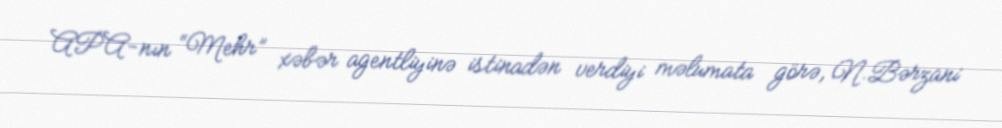
APA-nın “Mehr” xəbər agentliyinə istinadən verdiyi məlumata görə, N.Bərzani